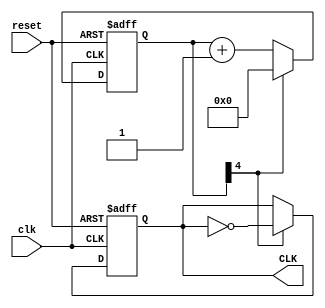
`timescale 1ns / 1ps
(* dont_touch = "true" *)
module Time(clk,reset,CLK); //W
    input clk,reset;
    output reg CLK;
    reg [4:0]Count;
    
    always @(posedge clk or posedge reset)
    begin
        if (reset) begin
            Count<=5'd0;
            CLK<=1'b1; end
        else if(Count[4]==1'b1) begin
            Count<=5'd0;
            CLK<=~CLK; end
        else begin
            Count<=Count+5'd1; end
    end
endmodule